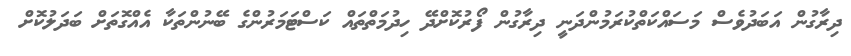
ދިރާގުން އަބަދުވެސް މަސައްކަތްކުރަމުންދަނީ ދިރާގުން ފޯރުކޮށްދޭ ހިދުމަތްތައް ކަސްޓަމަރުންގެ ބޭނުންތަކާ އެއްގޮތަށް ބަދަލުކޮށް